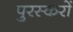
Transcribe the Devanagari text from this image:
पुरस्करों